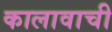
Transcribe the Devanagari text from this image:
कालावाची